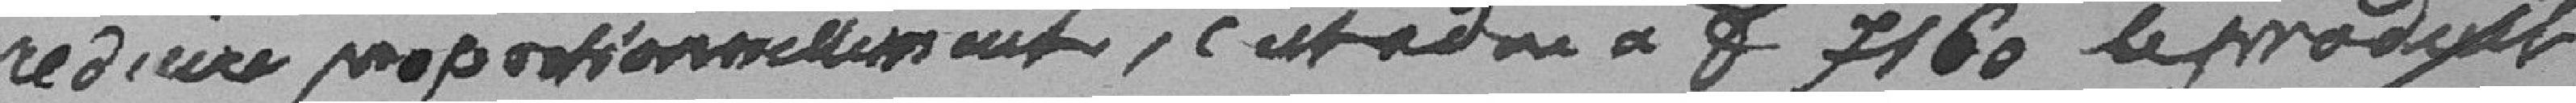
réduire proportionnellement, c'est à dire à f 7160 le produit